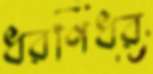
ধরণিধর